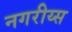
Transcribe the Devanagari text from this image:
नगरीय्स